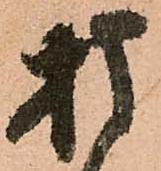
折